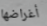
أغراضها